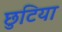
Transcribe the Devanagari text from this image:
छुटिया